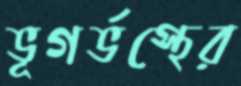
ভূগর্ভস্থের